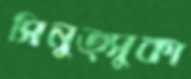
সিনুত্সুকা